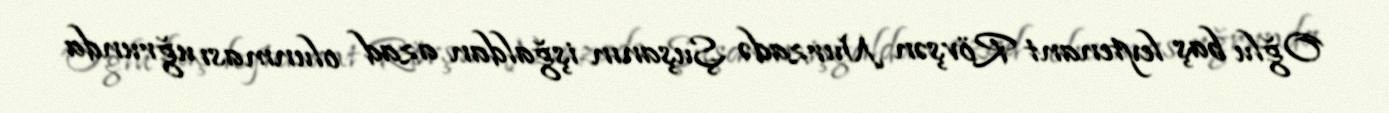
Oğlu baş leytenant Rövşən Nurzadə Şuşanın işğaldan azad olunması uğrunda